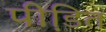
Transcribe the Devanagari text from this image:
पीडि़त